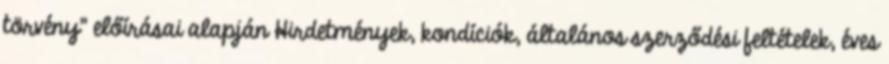
törvény" előírásai alapján Hirdetmények, kondíciók, általános szerződési feltételek, éves